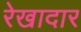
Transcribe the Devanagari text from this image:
रेखादार